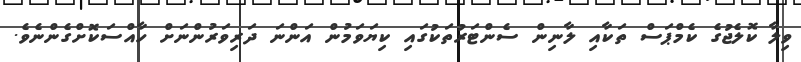
ވިލާ ކޮލެޖުގެ ކެމްޕަސް ތަކާއި ލާނިން ސެންޓަރުތަކުގައި ކިޔަވަމުން އަންނަ ދަރިވަރުންނަށް ހާއްސަކޮށްގެންނެވެ.